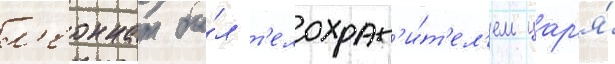
л'еоннат бы́л т'елохран'и́т'ел'ем цар'я́